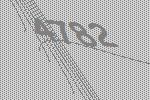
4782